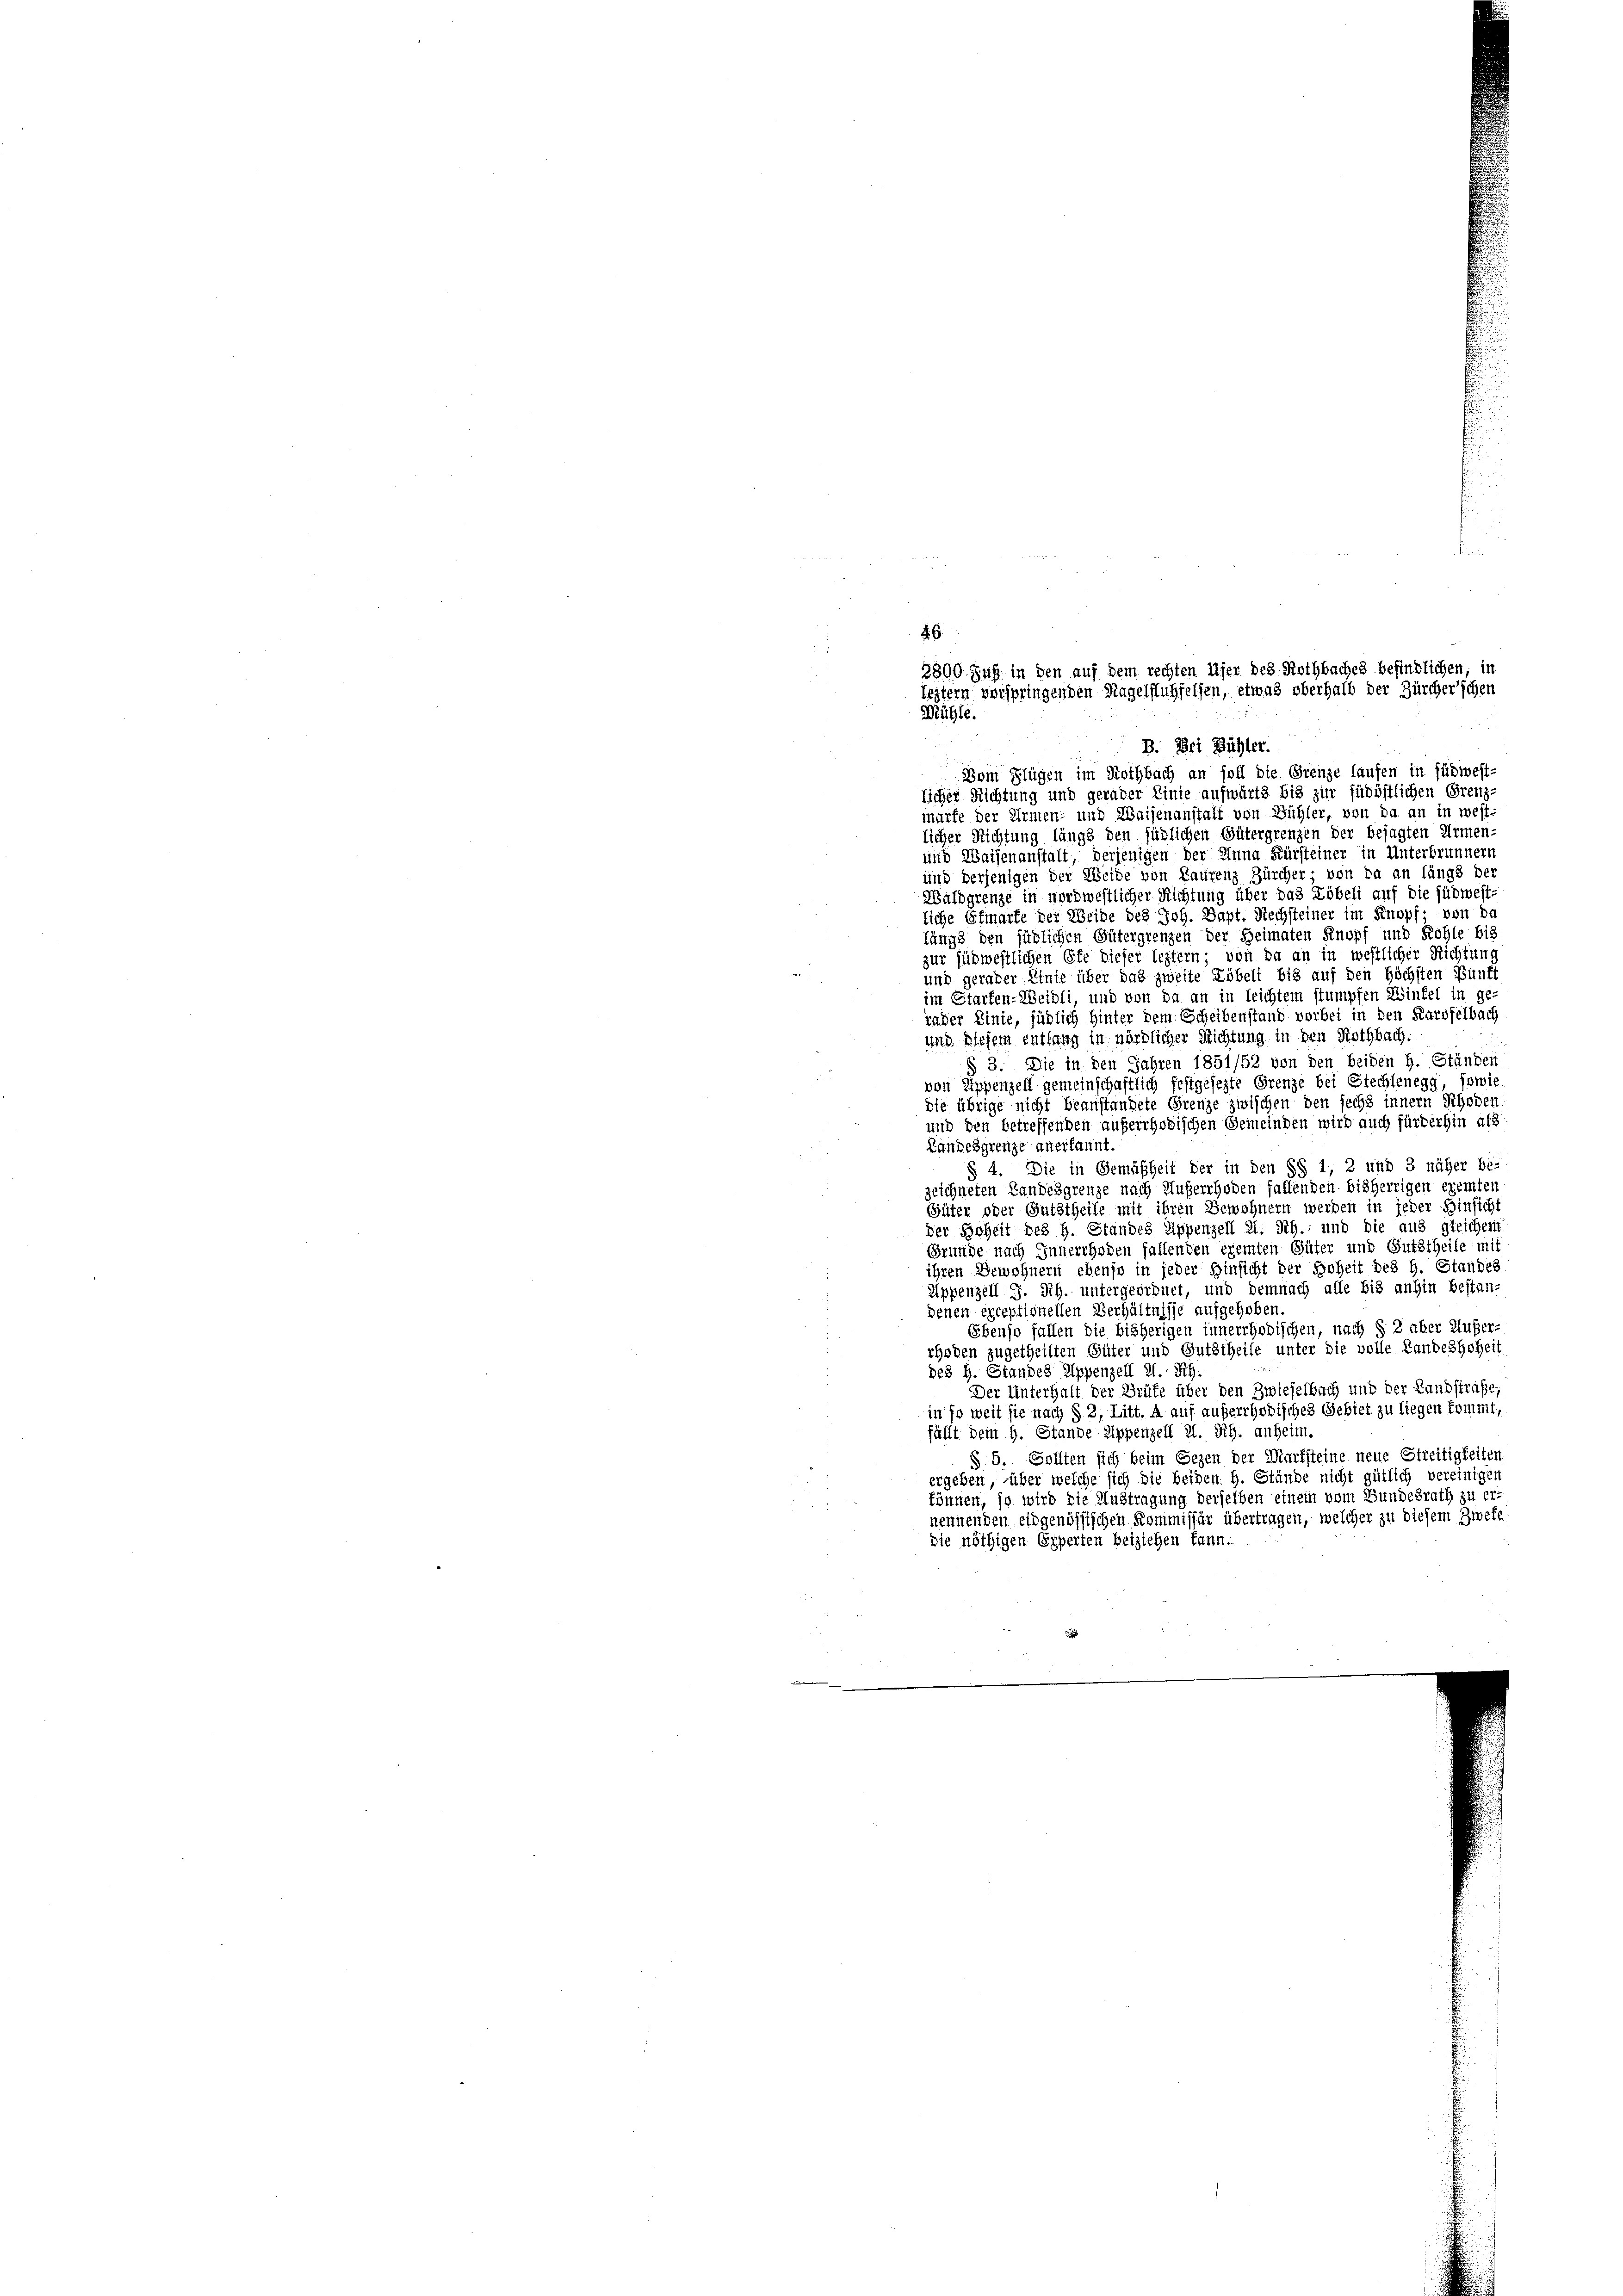
46
3800 Fuß in den auf dem rechten Ufer des Rothbaches befindlichen, in
leztern verspringenden Nagelflühselfen, etwas oberhalb der Zürcher'schen
Mühle.
d
B. Bei Bühler.

Dom Flügen im Rothbach an soll die Grenze laufen in südwest-
licher Richtung und gerader Linie aufwärts bis zur südöstlichen Grenz-
murfe der Armen- und Waisenanstalt von Sichler, von da an in westlicher Richtung längs den südlichen Gütergrenzen der bejagten Armen-
und Waisenanstalt, derjenigen der Anna Fürsteiner in Unterbrunnern
und derjenigen der Weide von Laurenz Zürcher von da an längs der
Waldgrenze in nordwestlicher Richtung über das Zöbeli auf die südwest-
liche Efmarke der Weide des Joh. Dapt. Rechsteiner im Knopf; von da
längs den süblichen Gütergrenzen der Heimaten Knopf und Kohle bis
zur südwestlichen Öfe dieser leztern; von da an in westlicher Richtung

und gerader Linie über das zweite Töbeli bis auf den höchsten Bunft
im Starten-Weidli, und von da an in leichtem stumpfen Winkel in ge
rader Linie, südlich hinter dem Scheibenstand vorbei in den Karsfelbach
und diesem entlang in nördlicher Richtung in den Nothbach.
§ 3. Die in den Jahren 1851/52 von den beiden H. Ständen.
von Appenzell gemeinschaftlich festgesezte Grenze bei Grechtenegg, sowie
die übrige nicht beanstandete Grenze zwischen den sechs innern Rhoden
und den betreffenden auferrhodischen Gemeinden wird auch fürderhin als
Landesgrenze anerkannt.
§ 4. Die in Gemäßheit der in den §§ 1, 2 und 3 näher be-
zeichneten Landesgrenze nach Auferrhoden fallenden bisherrigen ereiten
Güter oder Gutstheile mit ihren Bewohnern werden in jeder Hinsicht
der Hoheit des H. Standes Appenzell 21. Sch., und die aus gleichem
Gründe nach Innerrhoden fallenden exemten Güter und Gutstheile mit
ihren Gewohnern ebenso in jeder Hinsicht der Hoheit des H. Standes
Appenzell S. Sch. untergeordnet, und demnach alle bis anhin bestan-
denen exceptionellen Verhältnisse aufgehoben.
Ebenso fallen die bisherigen innerrhodischen, nach § 2 aber Außer-
rhoden zugetheilten Güter und Gutstheile unter die volle Landeshoheit
des H. Standes Appenzell 21. Sch.
Der Unterhalt der Brüfe über den Zwieselbach und der Landstrafe,
in so weit sie nach § 2, Litt. A auf auferrhodisches Gebiet zu liegen kommt,
fällt dem H. Stande Sippenzell 21. Rh. anheim.
§. 5. Sollten sich beim Segen der Marksteine neue Streitigkeiten.
ergeben, über welche sich die beiden H. Stände nicht gütlich vereinigen
können, so wird die Austragung derselben einem vom Bundesrath zu ernennenden eidgenössischen Kommissär übertragen, welcher zu diesem Zweke
die nöthigen Experten beiziehen kann.